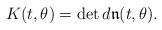
LaTeX: \begin{align*}K(t,\theta)=\det d\mathfrak{n}(t,\theta).\end{align*}